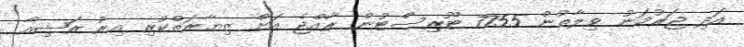
އަދި ޖަރުމަނު ވިލާތުން 7755 ޓޫރިސްޓުން ރާއްޖެ އަށް ޒިޔާރަތްކުރި އިރު ރަޝިއާ